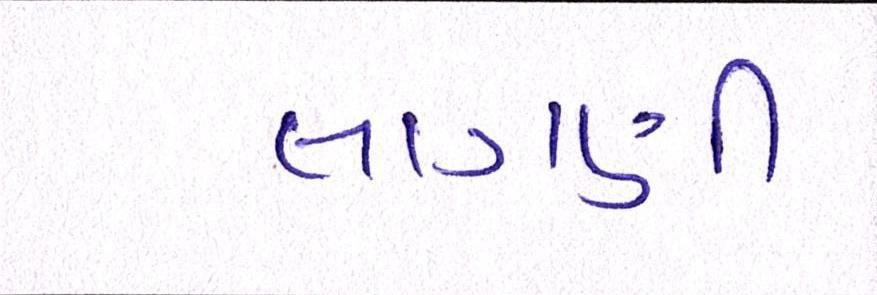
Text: લાગણી